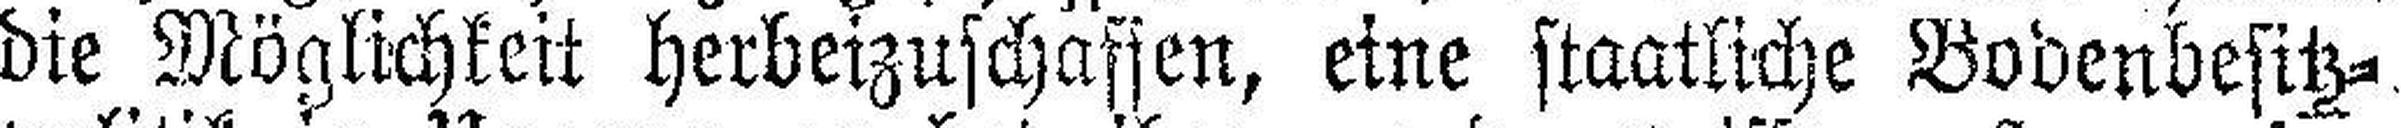
die Möglichkeit herbeizuschaffen, eine staatliche Bodenbesitz¬